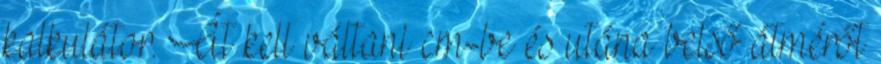
kalkulátor. Át kell váltani cm-be és utána belső átmérőt